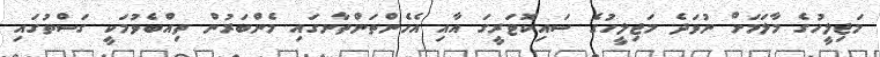
މަޖިލީހުގެ މާލަމަށް ނުވަދެ މަޖިލީހުގެ ސައިކޮޓަރީގަ އާއި އެހެންތަންތާނގައި މެންބަރުން ތިއްބެވުމަކީ ގަސްތުގައި